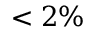
< 2 \%